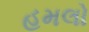
હમલો